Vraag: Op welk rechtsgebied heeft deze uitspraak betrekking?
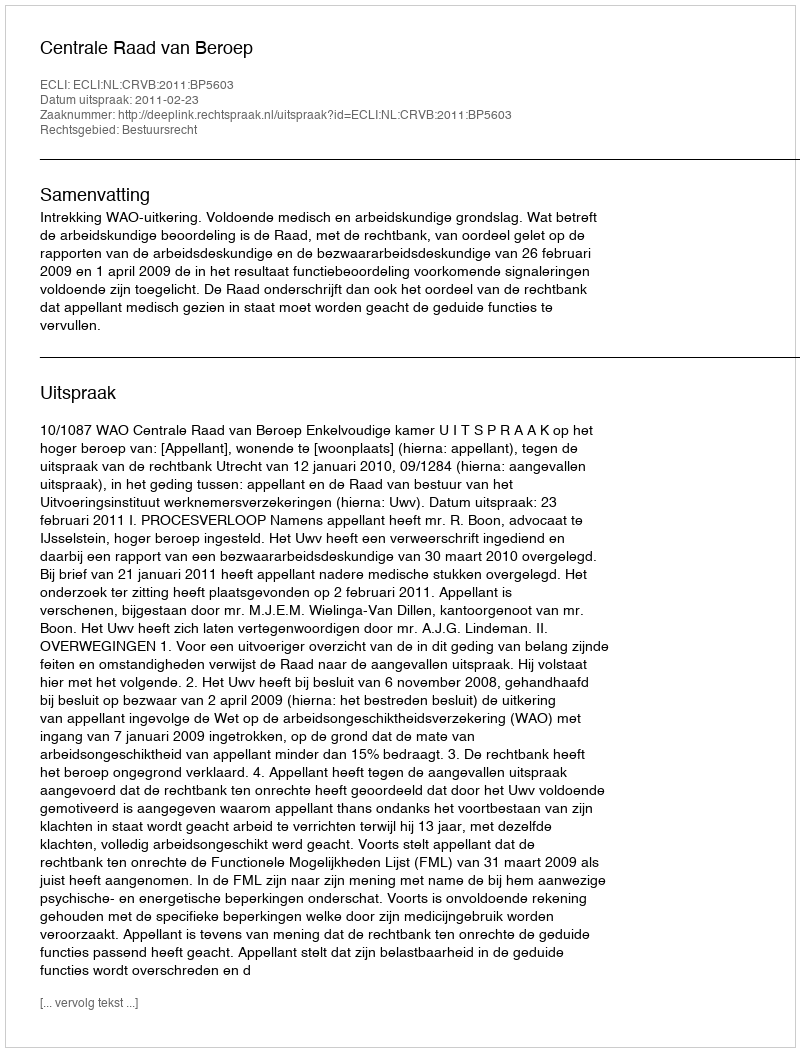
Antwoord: Bestuursrecht